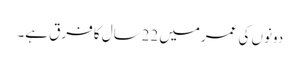
دونوں کی عمرمیں 22سال کا فرق ہے۔